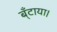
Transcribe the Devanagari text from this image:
ब्ँटाया।